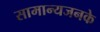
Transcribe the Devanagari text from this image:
सामान्यजनके